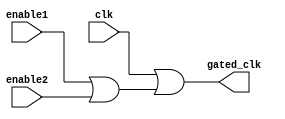
module clock_gating (
    input wire clk,                // Main clock input
    input wire enable1,            // First enable signal
    input wire enable2,            // Second enable signal
    output wire gated_clk          // Gated clock output for memory block
);

// OR gate to combine the clock with enable signals
assign gated_clk = clk | (enable1 | enable2);

endmodule